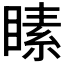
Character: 𪾵